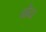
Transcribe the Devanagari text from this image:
बौदा